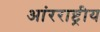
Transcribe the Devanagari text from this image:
आंरराष्ट्रीय